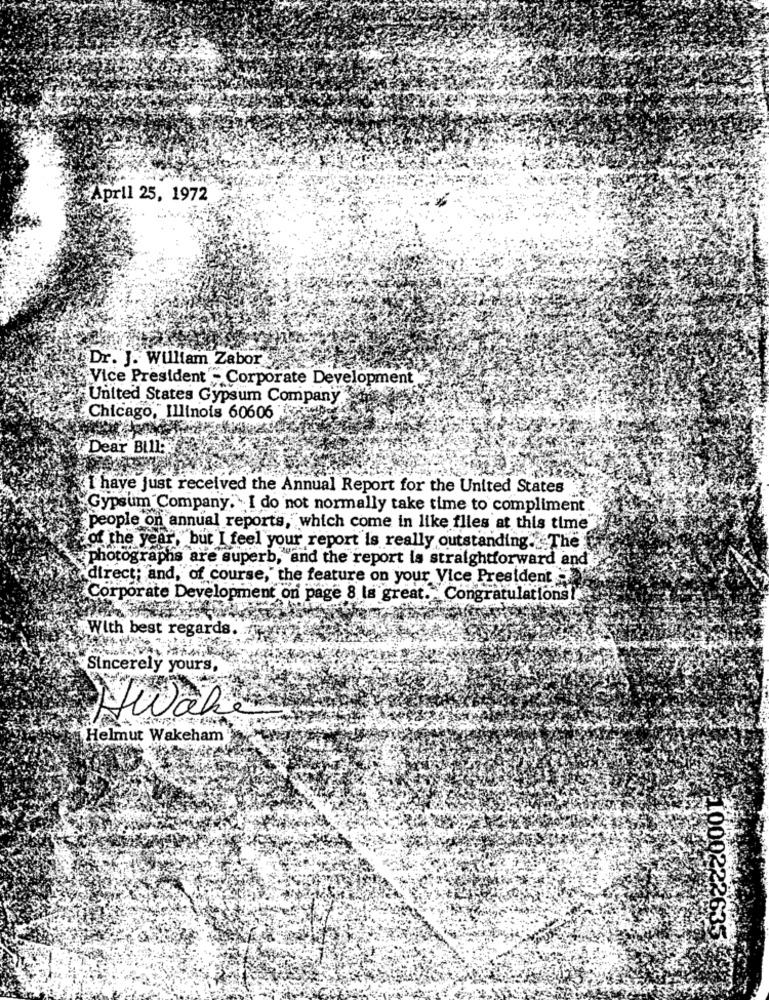
April 25, 1972
Dr. J. William Zabor
Vice President - Corporate Development
United States Gypsum Company
Chicago, Illinois 60606
Dear Bully
I have just received the Annual Report for the United States
Gypsum Company. .. I do not normally take time to compliment
people on annual reports, which come in like flies at this time
of the year,"but I feel your report is really outstanding. The
photographs are superb, and the report la straightforward and
direct; and, of course," the feature on your Vice President
Corporate Development on page 8 la great. Congratulations!
With best regards.
Sincerely yours,
wäh
Helmut Wakeham
1000222635